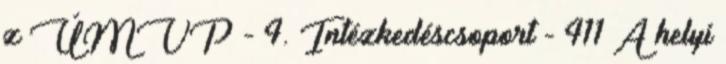
z ÚMVP - 4. Intézkedéscsoport - 411 A helyi